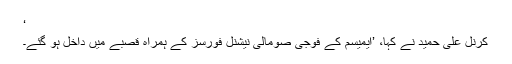
‘
کرنل علی حمید نے کہا، ’ایمیسم کے فوجی صومالی نیشنل فورسز کے ہمراہ قصبے میں داخل ہو گئے۔